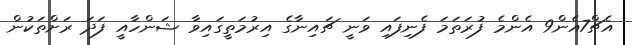
އެޗް7އެން9 އެންމެ ފުރަތަމަ ފެނިފައި ވަނީ ޗައިނާގެ އިރުމަތީގައިވާ ޝަންހާއީ ފަދަ ރަށްތަކުން